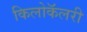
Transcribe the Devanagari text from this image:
किलोकॅलरी